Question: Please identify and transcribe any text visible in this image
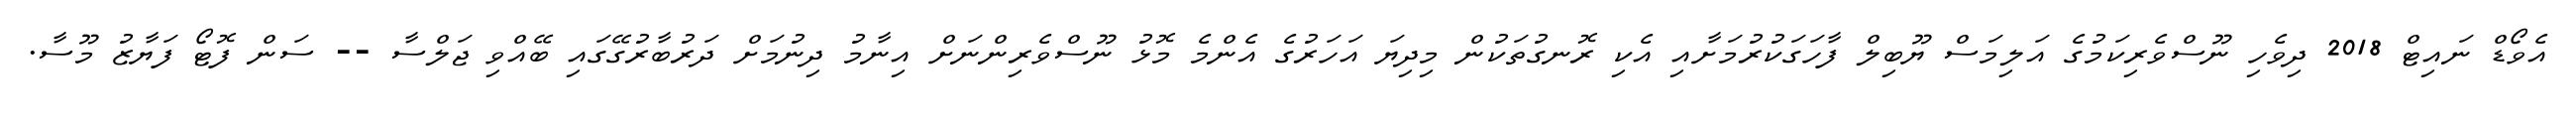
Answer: އެވޯޑް ނައިޓް 2018 ދިވެހި ނޫސްވެރިކަމުގެ އަލިމަސް ޔޫބިލް ފާހަގަކުރުމަށާއި އެކި ރޮނގުތަކުން މިދިޔަ އަހަރުގެ އެންމެ މޮޅު ނޫސްވެރިންނަށް އިނާމު ދިނުމަށް ދަރުބާރުގޭގައި ބޭއްވި ޖަލްސާ -- ސަން ފޮޓޯ ފަޔާޒު މޫސާ.